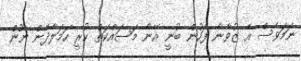
ނަމަވެސް އެ ޒުވާނާ ފަހުން ބުނީ އޭނާ މަސައްކަތް ކުރީ ހަމަލާދޭން ނޫން